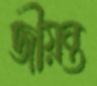
জীয়ন্ত